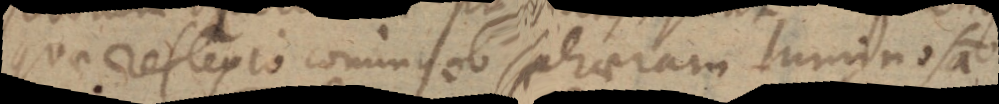
quae reflexio cominus ob sphaeram luminosam